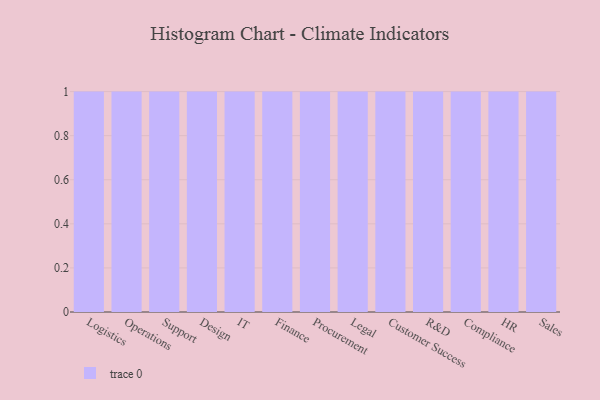
{"axis": {"x": "Department", "y": "Headcount"}, "legend": [""], "data": [{"x": "Logistics", "y": 40, "type": ""}, {"x": "Operations", "y": 4, "type": ""}, {"x": "Support", "y": 65, "type": ""}, {"x": "Design", "y": 27, "type": ""}, {"x": "IT", "y": 37, "type": ""}, {"x": "Finance", "y": 44, "type": ""}, {"x": "Procurement", "y": 63, "type": ""}, {"x": "Legal", "y": 41, "type": ""}, {"x": "Customer Success", "y": 52, "type": ""}, {"x": "R&D", "y": 49, "type": ""}, {"x": "Compliance", "y": 100, "type": ""}, {"x": "HR", "y": 31, "type": ""}, {"x": "Sales", "y": 64, "type": ""}]}